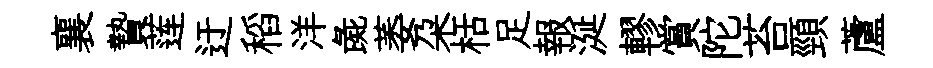
襄贄莲迂稻洋彘萎朶栝足報涎轇賞陀苔頸蘆